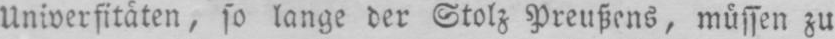
Universitäten, so lange der Stolz Preußens, müssen zu